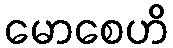
မောစေဟိ